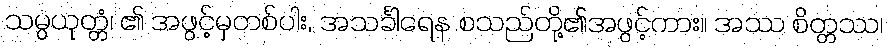
သမ္ပယုတ္တံ၊ ၏ အဖွင့်မှတစ်ပါး, အသင်္ခါရေန စသည်တို့၏အဖွင့်ကား။ အဿ စိတ္တဿ၊